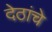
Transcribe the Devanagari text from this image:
देठांचे